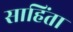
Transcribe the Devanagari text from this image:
साहिंता